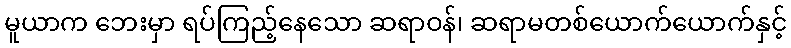
မူယာက ဘေးမှာ ရပ်ကြည့်နေသော ဆရာဝန်၊ ဆရာမတစ်ယောက်ယောက်နှင့်